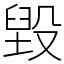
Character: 毀